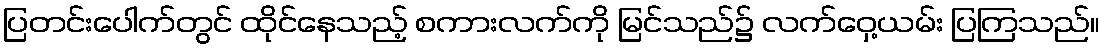
ပြတင်းပေါက်တွင် ထိုင်နေသည့် စကားလက်ကို မြင်သည်၌ လက်ဝှေ့ယမ်း ပြကြသည်။